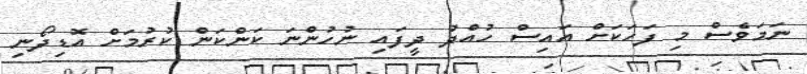
ނަމަވެސް މި ފަހަކަށް އައިސް ހުއްދު ދީފައި ނުހުންނަ ކަންކަން ކުރުމަށް އޮޑިދޯނި